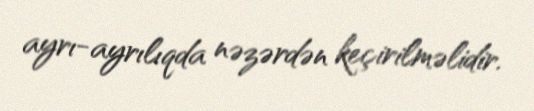
ayrı-ayrılıqda nəzərdən keçirilməlidir.